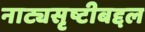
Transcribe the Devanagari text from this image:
नाट्यसृष्टीबद्दल